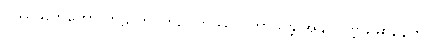
ဝဿသတတော တဠာကဂတဥဒကဿ ဝတာယန္တိ အနုပလဗ္ဘိယမာနေတိ